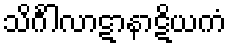
သိင်္ဂါလာဋာနာဋိယကံ